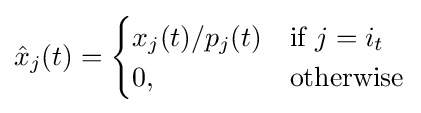
{\hat {x}}_{j}(t)={\begin{cases}x_{j}(t)/p_{j}(t)&{\text{if }}j=i_{t}\\0,&{\text{otherwise}}\end{cases}}